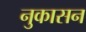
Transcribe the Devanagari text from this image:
नुकासन